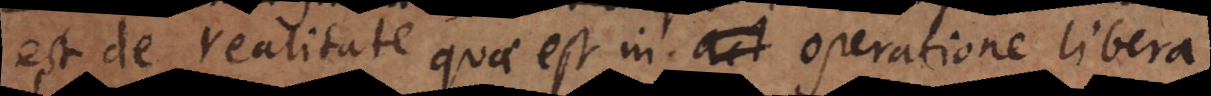
est de realitate quae est in operatione libera